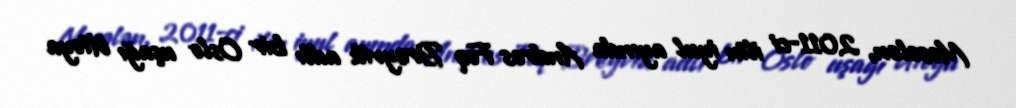
Məsələn, 2011-ci ilin iyul ayında Andres Foq Breyvik adlı bir Oslo uşağı Utoya